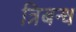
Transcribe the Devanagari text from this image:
त्रिबन्ध